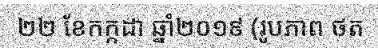
២២ ខែកក្កដា ឆ្នាំ២០១៩ (រូបភាព ថត